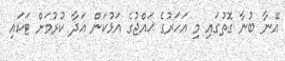
އޭނާ ބުނާ ގޮތުގައި މި އަހަރުގެ ޙައްޖުގެ އަޅުކަން އަދާ ކުރުމަށް ޓަކައި